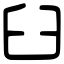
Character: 臼